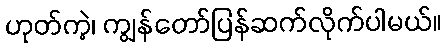
ဟုတ်ကဲ့၊ ကျွန်တော်ပြန်ဆက်လိုက်ပါမယ်။